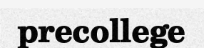
precollege